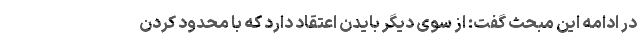
در ادامه این مبحث گفت: از سوی دیگر بایدن اعتقاد دارد که با محدود کردن